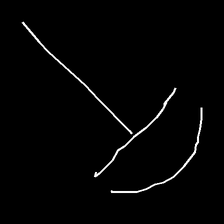
Glyph: dispersion